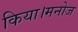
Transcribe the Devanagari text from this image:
किया।मनोज